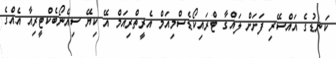
ކަނޑުގެ އައްސޭރި ފަށަށް ލައްގާ ޓްރައިކޯޑެސްމިއަމް އެރީތްރިއަމް އޭ ކިޔޭ ސިއެނޯބެކްޓީރިއާ އެއްގެ